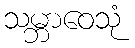
သမ္ဘာဝေသုံ